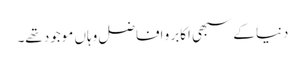
دنیا کے سبھی اکابر و افاضل وہاں موجود تھے۔